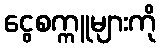
ငွေစက္ကူများကို